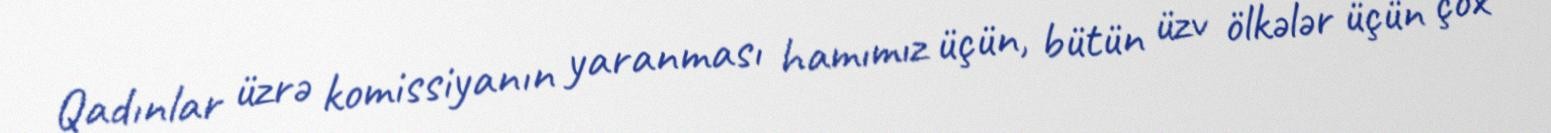
Qadınlar üzrə komissiyanın yaranması hamımız üçün, bütün üzv ölkələr üçün çox